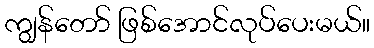
ကျွန်တော် ဖြစ်အောင်လုပ်ပေးမယ်။